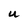
Character: U